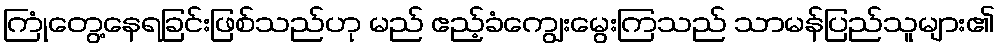
ကြုံတွေ့နေရခြင်းဖြစ်သည်ဟု မည် ဧည့်ခံကျွေးမွေးကြသည် သာမန်ပြည်သူများ၏